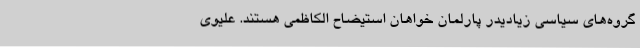
گروه‌های سیاسی زیادیدر پارلمان خواهان استیضاح الکاظمی هستند. علیوی